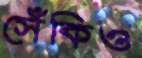
সেঁকিও